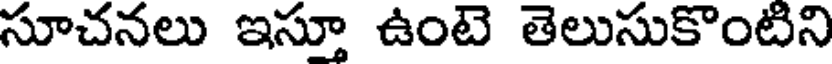
సూచనలు ఇస్తూ ఉంటె తెలుసుకొంటిని